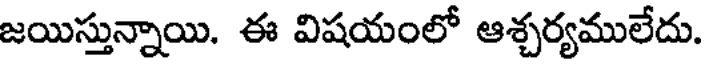
జయిస్తున్నాయి. ఈ విషయంలో ఆశ్చర్యములేదు.